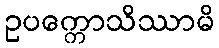
ဥပက္ကောသိဿာမိ